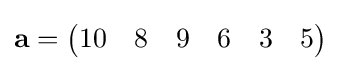
\mathbf {a} ={\begin{pmatrix}10&8&9&6&3&5\\\end{pmatrix}}